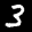
Label: 3